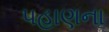
પહાણના